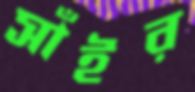
সাঁইর